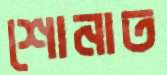
শোনাত